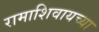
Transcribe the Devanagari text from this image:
रामाशिवायच्या